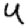
Digit: 4